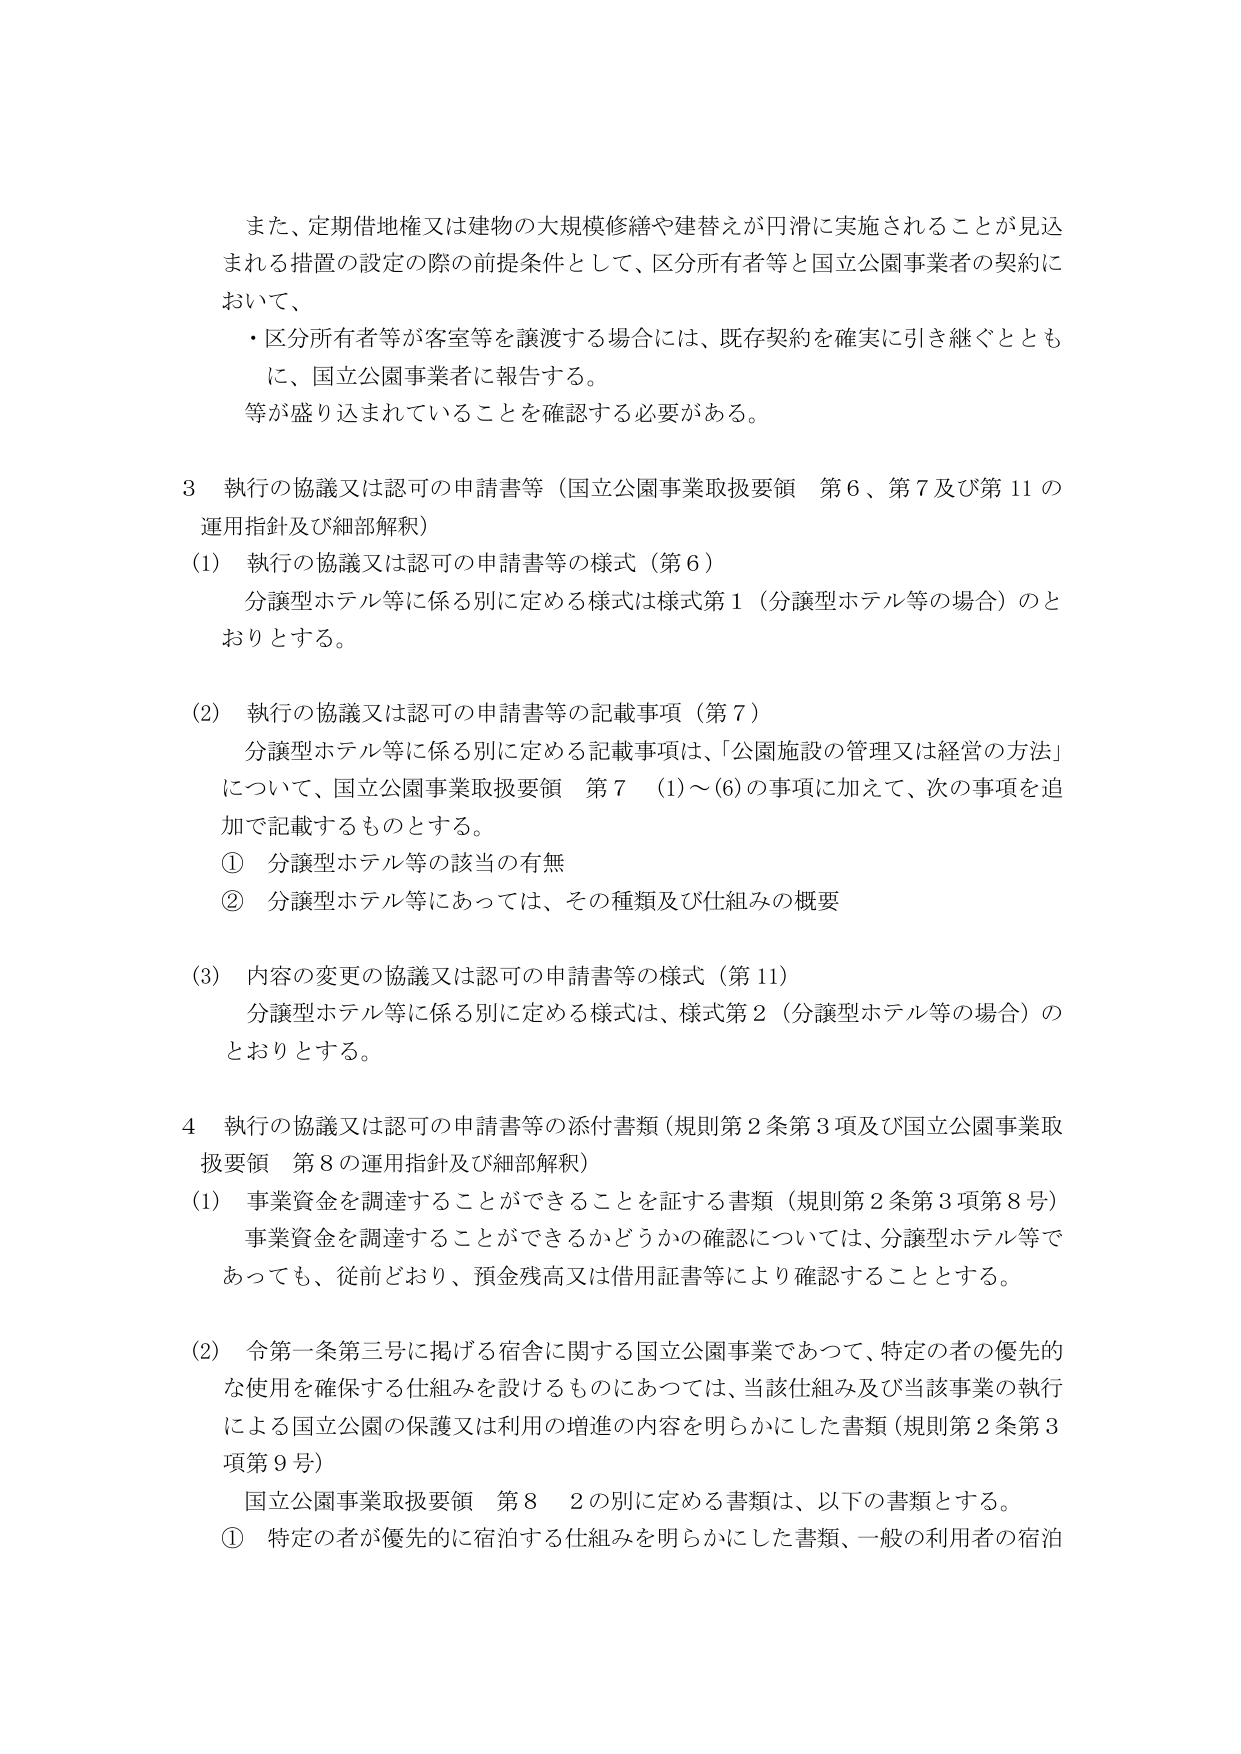
また、定期借地権又は建物の大規模修繕や建替えが円滑に実施されることが見込まれる措置の設定の際の前提条件として、区分所有者等と国立公園事業者の契約において、
・区分所有者等が客室等を譲渡する場合には、既存契約を確実に引き継ぐとともに、国立公園事業者に報告する。
等が盛り込まれていることを確認する必要がある。

3 執行の協議又は認可の申請書等（国立公園事業取扱要領 第6、第7及び第11の運用指針及び細部解釈）
(1) 執行の協議又は認可の申請書等の様式（第6）
分譲型ホテル等に係る別に定める様式は様式第1（分譲型ホテル等の場合）のとおりとする。

(2) 執行の協議又は認可の申請書等の記載事項（第7）
分譲型ホテル等に係る別に定める記載事項は、「公園施設の管理又は経営の方法」について、国立公園事業取扱要領 第7 (1)～(6)の事項に加えて、次の事項を追加で記載するものとする。
① 分譲型ホテル等の該当の有無
② 分譲型ホテル等にあっては、その種類及び仕組みの概要

(3) 内容の変更の協議又は認可の申請書等の様式（第11）
分譲型ホテル等に係る別に定める様式は、様式第2（分譲型ホテル等の場合）のとおりとする。

4 執行の協議又は認可の申請書等の添付書類（規則第2条第3項及び国立公園事業取扱要領 第8の運用指針及び細部解釈）
(1) 事業資金を調達することができるこを証する書類（規則第2条第3項第8号）
事業資金を調達することができるかどうかの確認については、分譲型ホテル等であっても、従前どおり、預金残高又は借用証書等により確認することとする。

(2) 令第一条第三号に掲げる宿舎に関する国立公園事業であって、特定の者の優先的な使用を確保する仕組みを設けるものにあっては、当該仕組み及び当該事業の執行による国立公園の保護又は利用の増進の内容を明らかにした書類（規則第2条第3項第9号）
国立公園事業取扱要領 第8 2の別に定める書類は、以下の書類とする。
① 特定の者が優先的に宿泊する仕組みを明らかにした書類、一般の利用者の宿泊